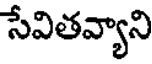
సేవితవ్యాని